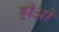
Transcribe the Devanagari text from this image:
हीओ